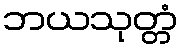
ဘယသုတ္တံ